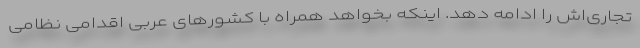
تجاری‌اش را ادامه دهد. اینکه بخواهد همراه با کشورهای عربی اقدامی نظامی